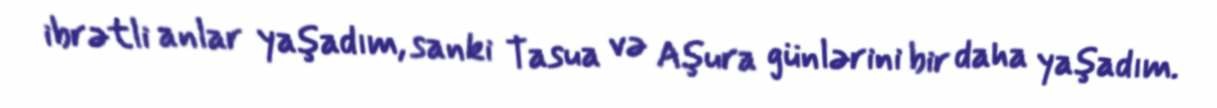
ibrətli anlar yaşadım, sanki Tasua və Aşura günlərini bir daha yaşadım.